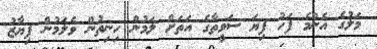
މަލުގެ އެންމެ ފަހު ފިޔަ ސަވީތާގެ އަތަށް ލަމުން ހިނިތުން ވެލަމުން ފިޔާޒު